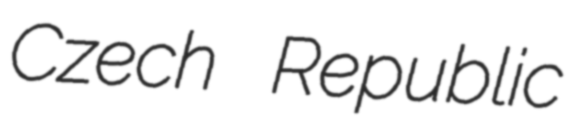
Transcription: Czech Republic